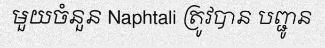
មួយចំនួន Naphtali ត្រូវបាន បញ្ជូន